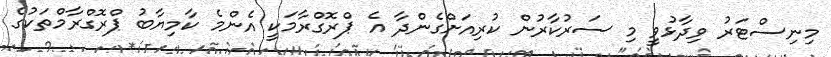
މިނިސްޓަރު ވިދާޅުވީ މި ސަރުކާރުން ކުރިއަށްގެންދާ އެ ޕްރޮގްރާމަކީ އެންމެ ކާމިޔާބު ޕްރޮގްރާމްތަކުގެ